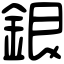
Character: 銀